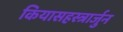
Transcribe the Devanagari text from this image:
कियासहस्त्रार्जुन